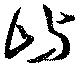
嶼